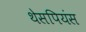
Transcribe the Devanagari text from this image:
थेसपियंस